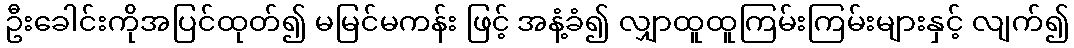
ဦးခေါင်းကိုအပြင်ထုတ်၍ မမြင်မကန်း ဖြင့် အနံ့ခံ၍ လျှာထူထူကြမ်းကြမ်းများနှင့် လျက်၍